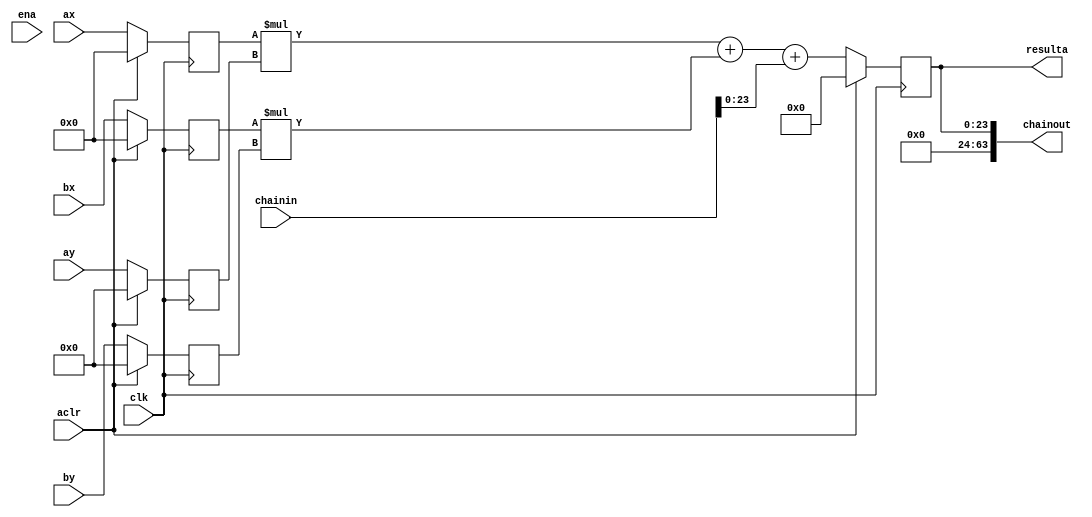
module dsp_block_16_8_false (
	input clk,
	input ena,
	input aclr,
	input [15:0] ax,
	input [7:0] ay,
	input [15:0] bx,
	input [7:0] by,
	input [63:0] chainin,
	output [63:0] chainout,
	output [23:0] resulta
);

wire [10:0] mode;
assign mode = 11'b1010_1010_011;

`ifdef complex_dsp
int_sop_2 mac_component (
	.mode_sigs(mode),
	.clk(clk),
	.reset(aclr),
	.ax(ax),
	.ay(ay),
	.bx(bx),
	.by(by),
	.chainin(chainin),
	.resulta(resulta),
	.chainout(chainout)
);
`else
reg [15:0] ax_reg;
reg [7:0] ay_reg;
reg [15:0] bx_reg;
reg [7:0] by_reg;
reg [23:0] resulta;
always @(posedge clk) begin
  if(aclr) begin
    resulta <= 0;
    ax_reg <= 0;
    ay_reg <= 0;
    bx_reg <= 0;
    by_reg <= 0;
  end
  else begin
    ax_reg <= ax;
    ay_reg <= ay;
    bx_reg <= bx;
    by_reg <= by;
    resulta <= ax_reg * ay_reg + bx_reg * by_reg + chainin;
  end
end
assign chainout = {40'b0, resulta};
`endif

endmodule